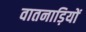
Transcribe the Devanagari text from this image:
वातनाड़ियों